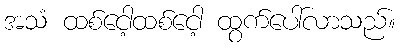
အသံ ထစ်ငေါ့ထစ်ငေါ့ ထွက်ပေါ်လာသည်။